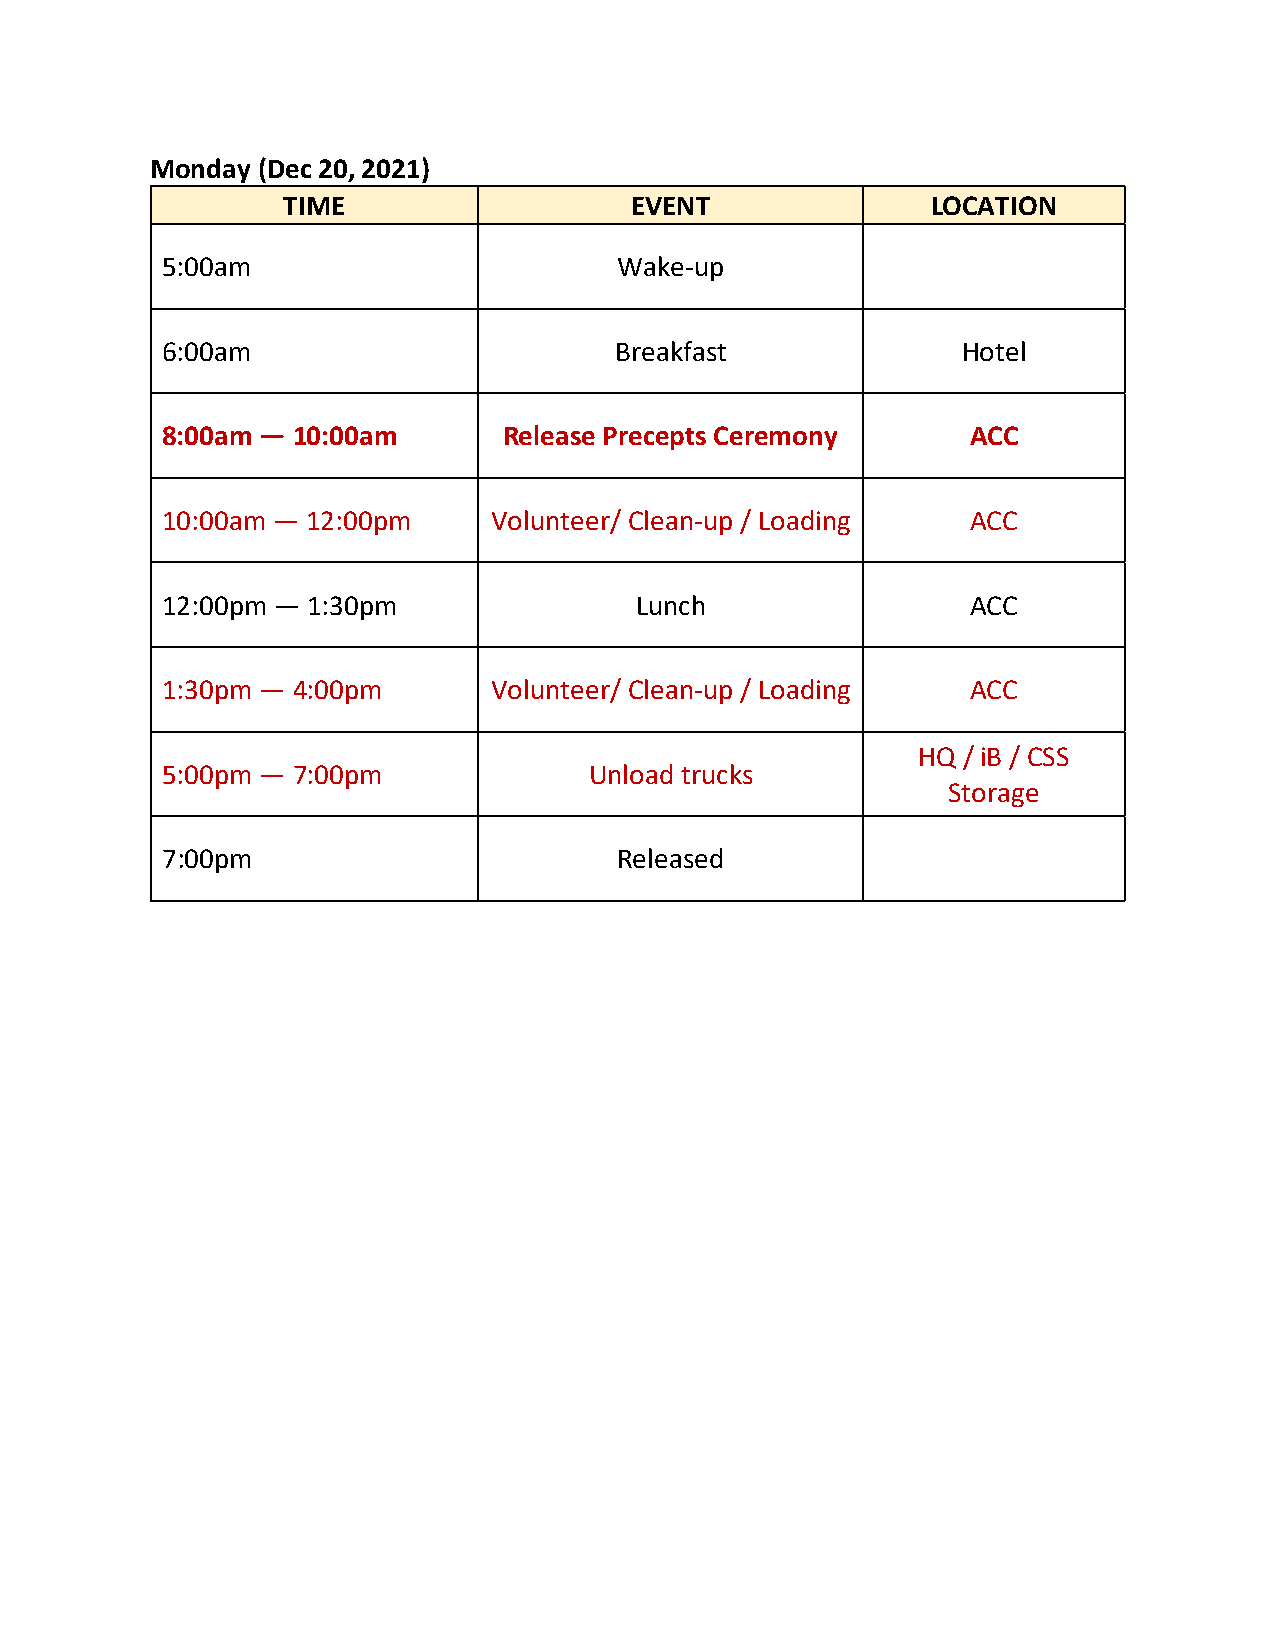
Monday (Dec 20, 2021)
 TIME                   EVENT               LOCATION
 5:00am                        Wake-up
 6:00am                        Breakfast              Hotel
 8:00am — 10:00am      Release Precepts Ceremony      ACC
 10:00am — 12:00pm     Volunteer/ Clean-up / Loading  ACC
 12:00pm — 1:30pm               Lunch                 ACC
 1:30pm — 4:00pm       Volunteer/ Clean-up / Loading  ACC
 HQ / iB / CSS
 5:00pm — 7:00pm             Unload trucks
 Storage
 7:00pm                        Released